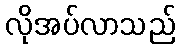
လိုအပ်လာသည်